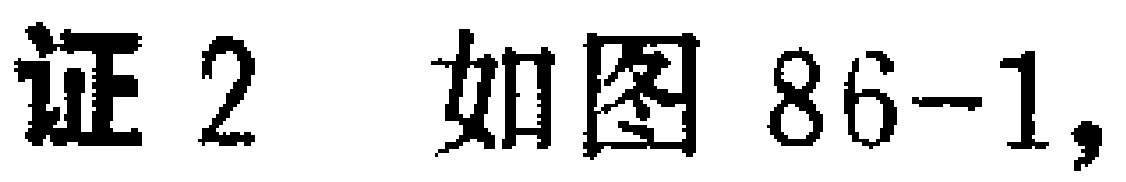
证2 如图86-1，